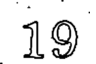
19